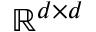
\mathbb { R } ^ { d \times d }